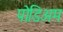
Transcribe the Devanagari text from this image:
पोडिअम